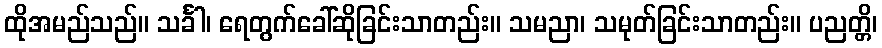
ထိုအမည်သည်။ သင်္ခါ၊ ရေတွက်ခေါ်ဆိုခြင်းသာတည်း။ သမညာ၊ သမုတ်ခြင်းသာတည်း။ ပညတ္တိ၊